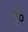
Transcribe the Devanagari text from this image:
मु०